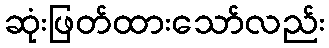
ဆုံးဖြတ်ထားသော်လည်း